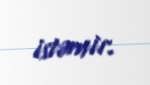
istəmir.